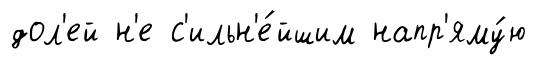
дол'ей н'е с'ильн'е́йшим напр'яму́ю